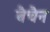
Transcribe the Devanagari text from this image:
बैचैन